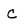
Character: C